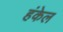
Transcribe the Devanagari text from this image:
हंकेल